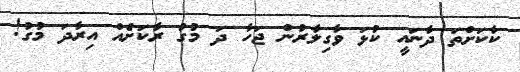
ކާކަށްތަ ދާނައީ ކުޅަ ވާގިލާރުން ޖަހާ ދަ މުގު ރާކަށެއް އިރާދަ މުގު!